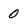
Character: o